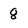
Character: 8